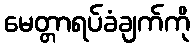
မေတ္တာရပ်ခံချက်ကို